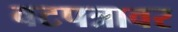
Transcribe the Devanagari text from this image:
वटपत्रावर